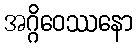
အဂ္ဂိဝေဿနော